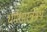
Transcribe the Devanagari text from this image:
धर्मशास्त्रग्रंथ